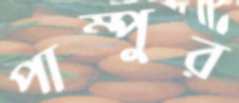
পাম্পুর